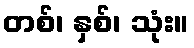
တစ်၊ နှစ်၊ သုံး။